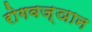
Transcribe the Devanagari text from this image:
रोगवज्ञान